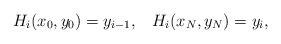
LaTeX: \begin{align*} H_{i}(x_{0},y_{0})=y_{i-1}, \; \; \; H_{i}(x_{N},y_{N})=y_{i}, \end{align*}